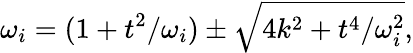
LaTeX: \omega_{i}=(1+t^{2}/\omega_{i})\pm\sqrt{4k^{2}+t^{4}/\omega_{i}^{2}},